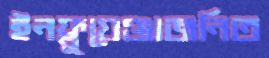
ইনফ্লুয়েঞ্জাজনিত